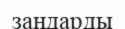
зандарды